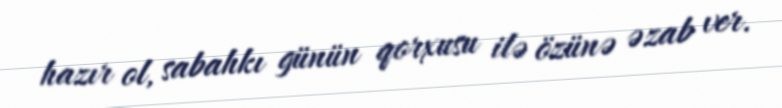
hazır ol, sabahkı günün qorxusu ilə özünə əzab ver.